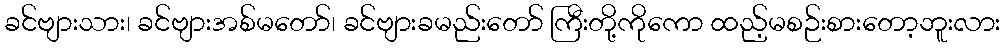
ခင်ဗျားသား၊ ခင်ဗျားအစ်မတော်၊ ခင်ဗျားခမည်းတော် ကြီးတို့ကိုကော ထည့်မစဉ်းစားတော့ဘူးလား